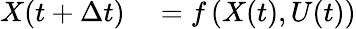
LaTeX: \begin{array}{rl}{X(t+\Delta t)}&{{}=f\left(X(t),U(t)\right)}\end{array}